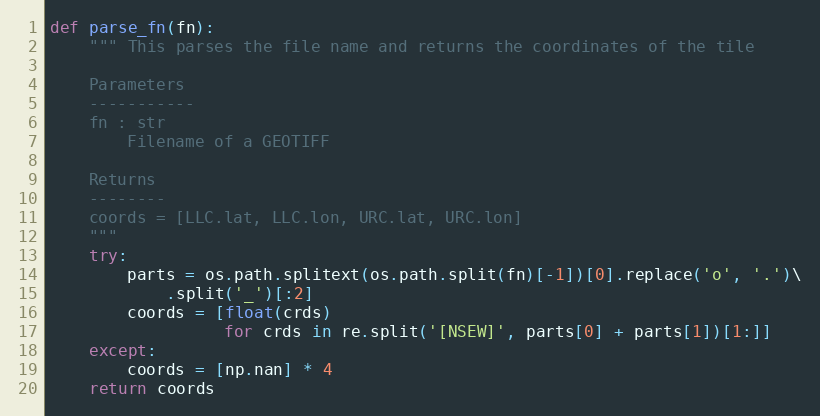
Language: Python
def parse_fn(fn):
    """ This parses the file name and returns the coordinates of the tile

    Parameters
    -----------
    fn : str
        Filename of a GEOTIFF

    Returns
    --------
    coords = [LLC.lat, LLC.lon, URC.lat, URC.lon]
    """
    try:
        parts = os.path.splitext(os.path.split(fn)[-1])[0].replace('o', '.')\
            .split('_')[:2]
        coords = [float(crds)
                  for crds in re.split('[NSEW]', parts[0] + parts[1])[1:]]
    except:
        coords = [np.nan] * 4
    return coords